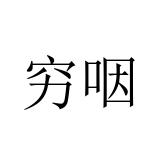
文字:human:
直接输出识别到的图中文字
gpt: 穷咽